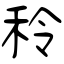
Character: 秢